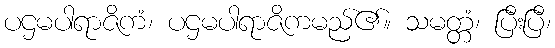
ပဌမပါရာဇိကံ၊ ပဌမပါရာဇိကမည်၏။ သမတ္တံ၊ ပြီးပြီ၊